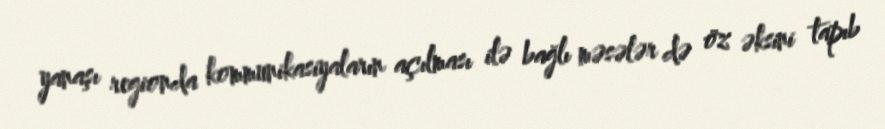
yanaşı regionda kommunikasiyaların açılması ilə bağlı məsələr də öz əksini tapıb